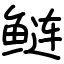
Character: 鲢